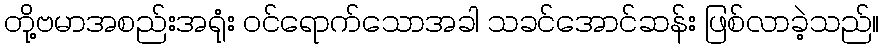
တို့ဗမာအစည်းအရုံး ဝင်ရောက်သောအခါ သခင်အောင်ဆန်း ဖြစ်လာခဲ့သည်။